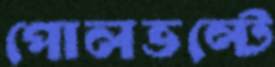
পোলভল্টে